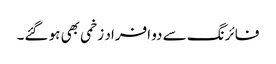
فائرنگ سے دو افراد زخمی بھی ہو گئے۔